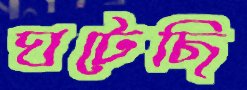
ঘটেছি